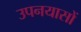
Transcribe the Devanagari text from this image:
उपनयासों